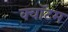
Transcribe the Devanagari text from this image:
क्‍वॉटम